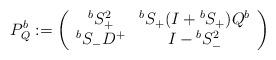
LaTeX: \begin{align*}P^b_{Q}:= \left(\begin{array}{cc} {}^b S_{+}^2 & {}^b S_{+} (I+{}^b S_{+}) Q^b \\ {}^b S_{-} D^+ &I-{}^b S_{-}^2 \end{array} \right)\end{align*}